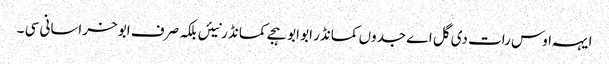
ایہہ اوس رات دی گل اے جدوں کمانڈر ابو ابو ہجے کمانڈ ر نیئں بلکہ صرف ابو خراسانی سی ۔